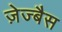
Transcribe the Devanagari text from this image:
ज़ेज्बैस